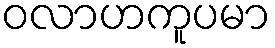
ဝလာဟကူပမာ